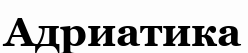
Адриатика